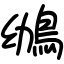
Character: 鴢